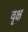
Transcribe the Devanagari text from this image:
वृक्ष